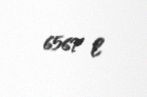
6567 l